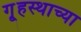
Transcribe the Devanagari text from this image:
गृ्हस्थाच्या